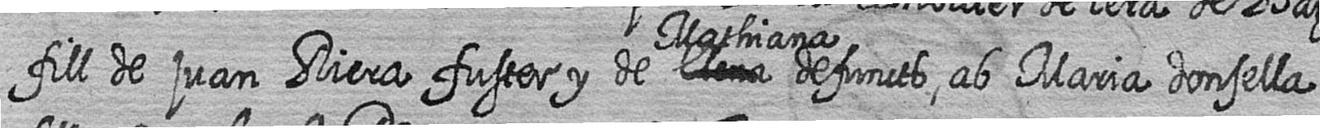
fill de juan Riera fuster y de # Mathiana defuncts ab Maria donsella